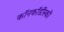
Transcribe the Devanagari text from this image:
कॉनकॉर्डीस्की